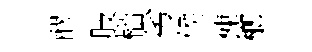
醪肢榴劣候棟榔